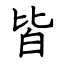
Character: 皆